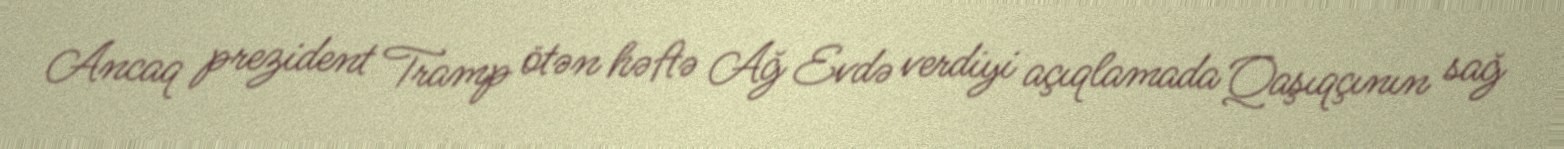
Ancaq prezident Tramp ötən həftə Ağ Evdə verdiyi açıqlamada Qaşıqçının sağ